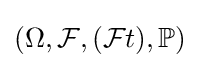
(\Omega ,{\mathcal {F}},({\mathcal {F}}t),\mathbb {P} )